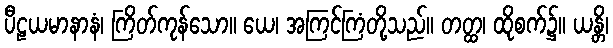
ပီဠယမာနာနံ၊ ကြိတ်ကုန်သော။ ယေ၊ အကြင်ကြံတို့သည်။ တတ္ထ၊ ထိုစက်၌။ ယန္တိ၊